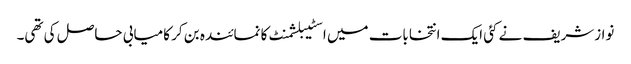
نوازشریف نے کئی ایک انتخابات میں اسٹیبلشمنٹ کا نمائندہ بن کر کامیابی حاصل کی تھی۔